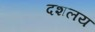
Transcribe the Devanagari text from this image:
दशलय